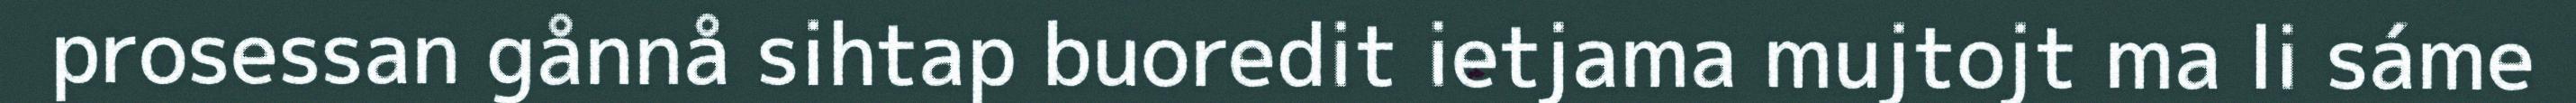
prosessan gånnå sihtap buoredit ietjama mujtojt ma li sáme